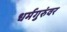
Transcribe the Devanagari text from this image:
धर्मगुरुंवर